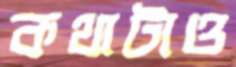
কথাটাও